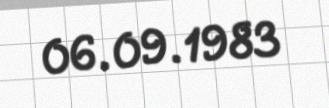
06.09.1983